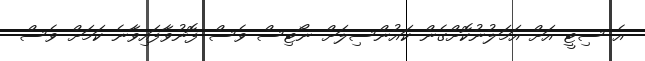
އެ ސިޓީ އަށް އަމަލުނުކޮށްގެން ކައުންސިލަށް ނޯޓިސް ވެސް ފޮނުވާފައިވާނެ ކަމަށް ވެސް